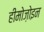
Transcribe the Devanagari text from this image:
हीमोज़ोइन